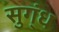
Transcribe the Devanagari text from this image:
सुग्ंध